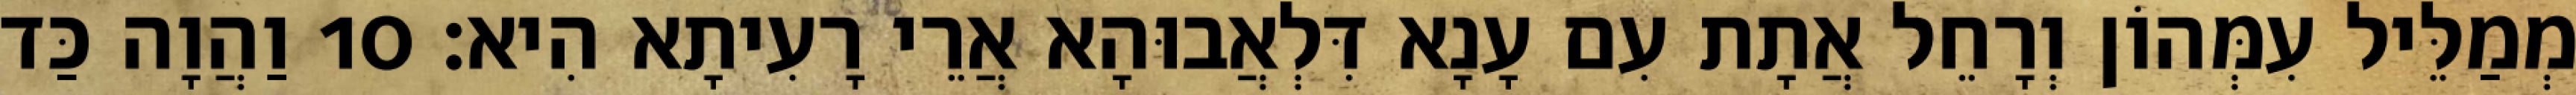
מְמַלֵּיל עִמְּהוֹן וְרָחֵל אֲתָת עִם עָנָא דִּלְאֲבוּהָא אֲרֵי רָעִיתָא הִיא׃ 10 וַהֲוָה כַּד